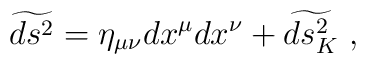
\widetilde{ds^2} = \eta_{\mu\nu} dx^\mu dx^\nu + \widetilde{ds_K^2}\ ,